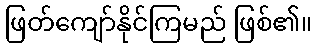
ဖြတ်ကျော်နိုင်ကြမည် ဖြစ်၏။